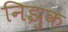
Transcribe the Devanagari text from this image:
निझुक